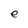
Character: e